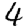
Digit: 4